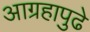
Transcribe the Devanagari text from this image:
आग्रहापुढे